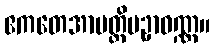
ဧကတေအာပတ္တိပဥှာဝဏ္ဏ။